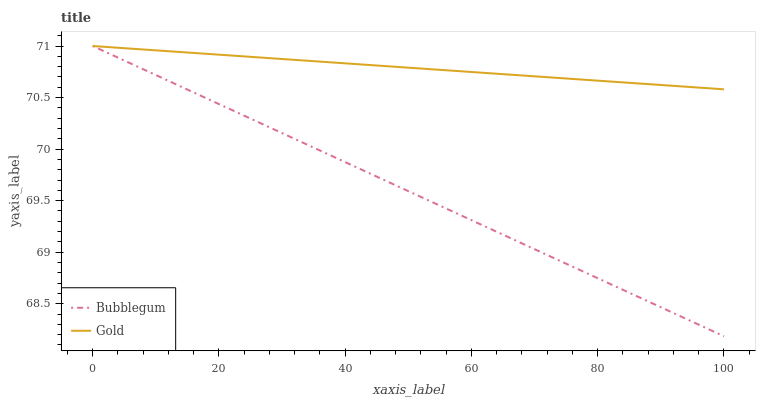
| xaxis_label | Bubblegum | Gold |
 | --- | --- | --- |
 | 0 | 71 | 71 |
 | 25 | 70.3 | 70.9 |
 | 50 | 69.6 | 70.8 |
 | 75 | 68.9 | 70.7 |
 | 100 | 68.2 | 70.6 |